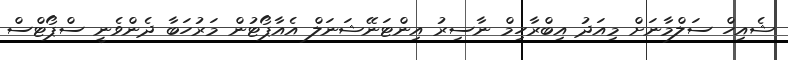
ޝެއިހް ސަލްމާނަށް މިއަދު އިބްރާހިމް ނާސިރު އިންޓަނޭޝަނަލް އެއާޕޯޓުން މަރުހަބާ ދެންވެނީ ސްޕޯޓްސް